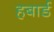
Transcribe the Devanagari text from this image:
हबार्ड